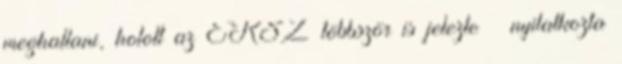
meghallani, holott az EKSZ többször is jelezte – nyilatkozta